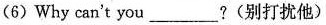
(6)Why can't you___?(别打扰他)